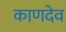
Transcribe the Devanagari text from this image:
काणदेव